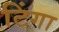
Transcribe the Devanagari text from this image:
टिंगा